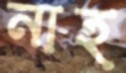
নাহ